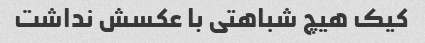
کیک هیچ شباهتی با عکسش نداشت